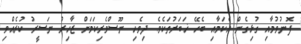
ފޮނުވުމާއި ގުޅިގެން އެކަމާއި ބެހޭ ޚަބަރުތަކެވެ. ދިވެހި ނޫސްވެރިކަމަށް ޒާހިރު ނަސީރު ކުރެއްވި